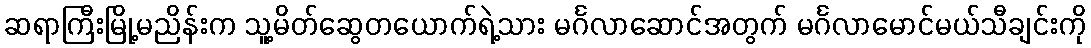
ဆရာကြီးမြို့မညိန်းက သူ့မိတ်ဆွေတယောက်ရဲ့သား မင်္ဂလာဆောင်အတွက် မင်္ဂလာမောင်မယ်သီချင်းကို